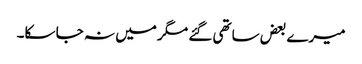
میرے بعض ساتھی گئے مگر میں نہ جا سکا۔